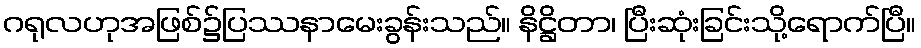
ဂရုလဟုအဖြစ်၌ပြဿနာမေးခွန်းသည်။ နိဋ္ဌိတာ၊ ပြီးဆုံးခြင်းသို့ရောက်ပြီ။